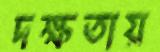
দক্ষতায়